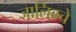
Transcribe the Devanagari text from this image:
जालिबचे